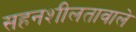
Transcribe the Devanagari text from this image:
सहनशीलतावाले